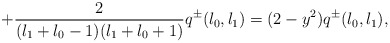
\begin{align*}+\frac{2}{(l_{1}+l_{0}-1)(l_{1}+l_{0}+1)} q^{\pm}(l_{0},l_{1})=(2-y^{2})q^{\pm}(l_{0},l_{1}),\end{align*}